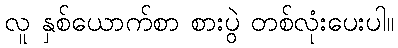
လူ နှစ်ယောက်စာ စားပွဲ တစ်လုံးပေးပါ။